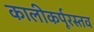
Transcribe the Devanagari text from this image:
कालीकर्पूरस्तव